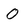
Character: 0